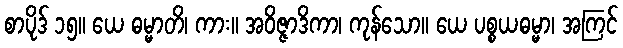
စာပိုဒ် ၁၅။ ယေ ဓမ္မာတိ၊ ကား။ အဝိဇ္ဇာဒိကာ၊ ကုန်သော။ ယေ ပစ္စယဓမ္မာ၊ အကြင်